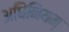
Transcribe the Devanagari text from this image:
अधिनियम्